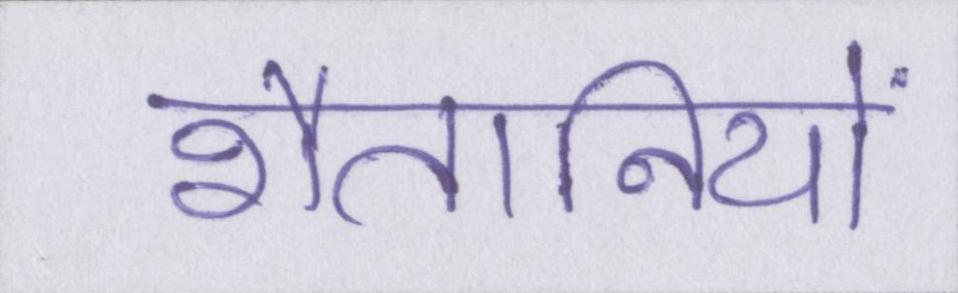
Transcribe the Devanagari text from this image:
शैतानियों